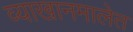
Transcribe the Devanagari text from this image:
व्याखानमालेत